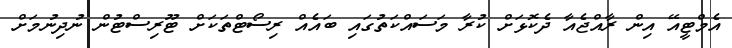
އެމްޓީއޭ އިން ރާއްޖެއާ ދެކޮޅަށް ކުރާ މަސައްކަތުގައި ބައެއް ރިސޯޓްތަކަށް ޓޫރިސްޓުން ނުދިނުމަށް